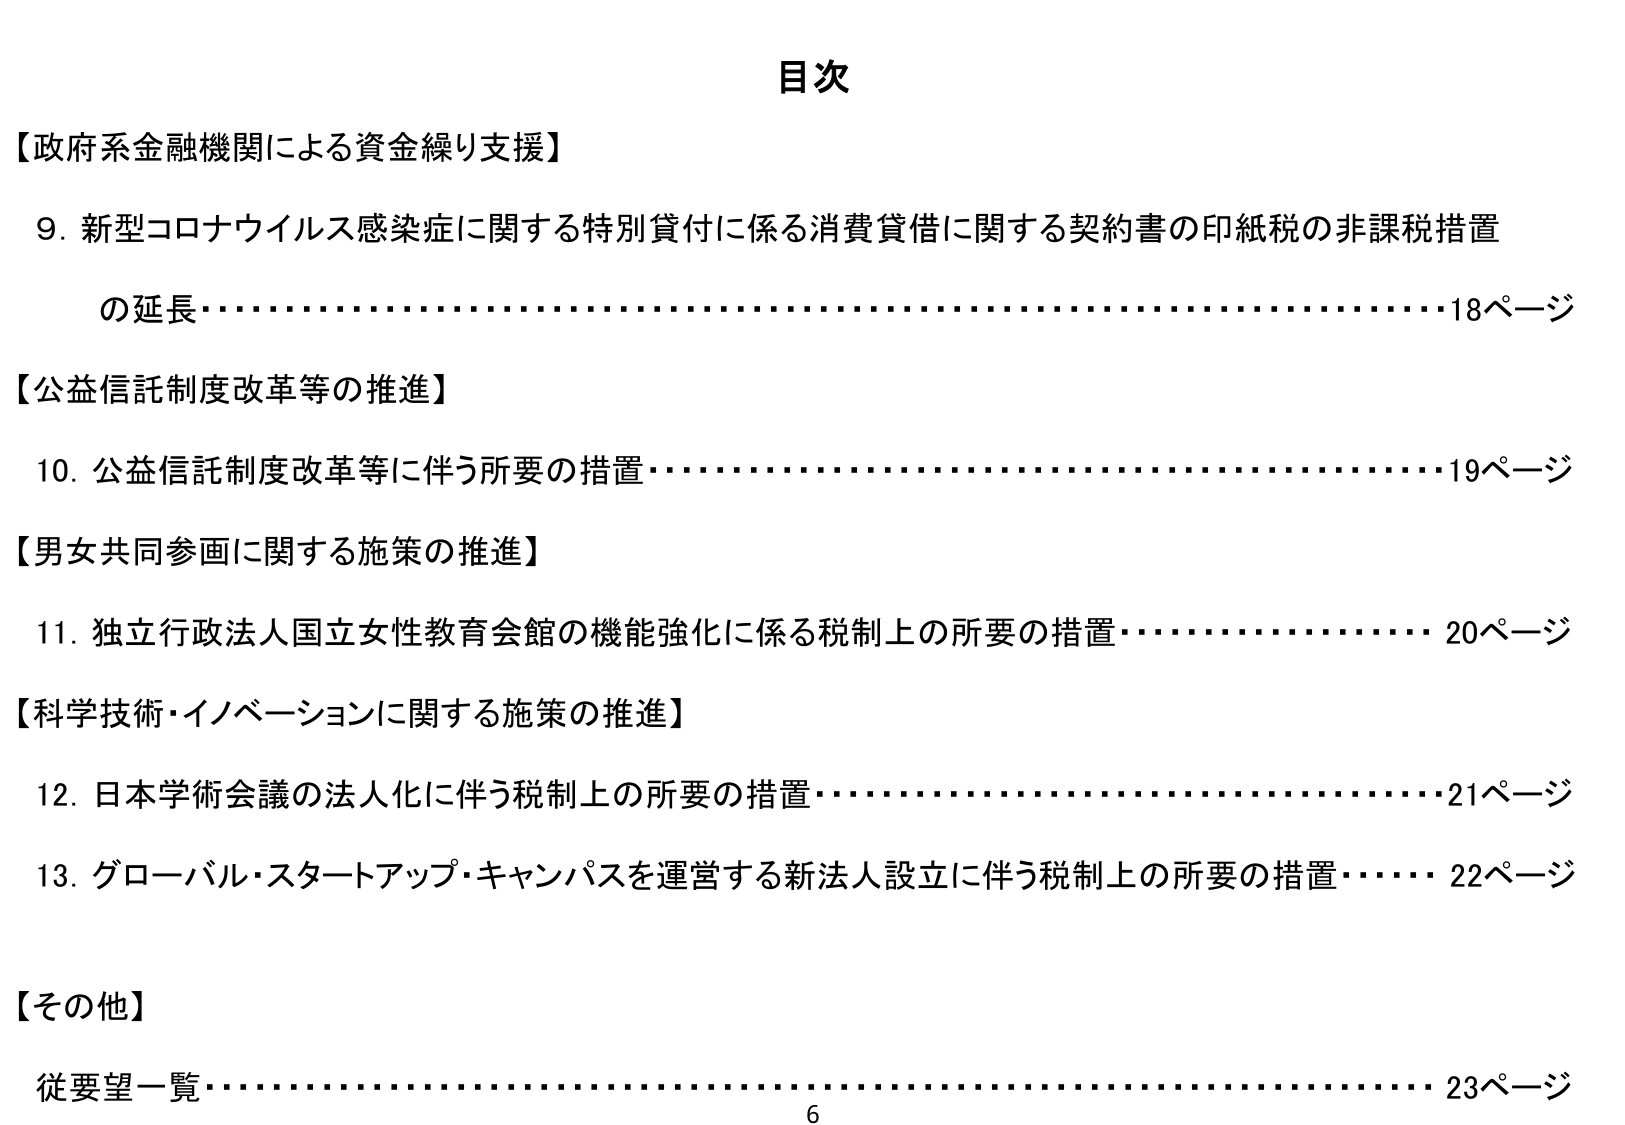
目次

【政府系金融機関による資金繰り支援】
9. 新型コロナウイルス感染症に関する特別貸付に係る消費貸借に関する契約書の印紙税の非課税措置
の延長………………………………………………………………………………18ページ

【公益信託制度改革等の推進】
10. 公益信託制度改革等に伴う所要の措置…………………………………………19ページ

【男女共同参画に関する施策の推進】
11. 独立行政法人国立女性教育会館の機能強化に係る税制上の所要の措置…………20ページ

【科学技術・イノベーションに関する施策の推進】
12. 日本学術会議の法人化に伴う税制上の所要の措置………………………………21ページ
13. グローバル・スタートアップ・キャンパスを運営する新法人設立に伴う税制上の所要の措置……22ページ

【その他】
従要望一覧………………………………………………………………………………23ページ

6